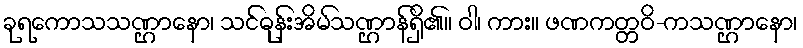
ခုရကောသသဏ္ဌာနော၊ သင်ဓုန်းအိမ်သဏ္ဌာန်ရှိ၏။ ဝါ၊ ကား။ ဖဏကတ္တဝိ-ကသဏ္ဌာနော၊